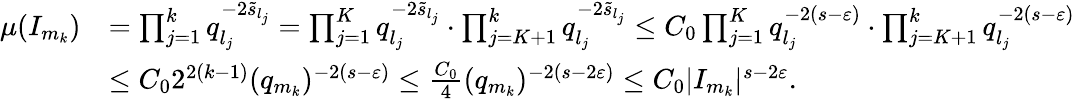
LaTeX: \begin{array}{rl}{\mu(I_{m_{k}})}&{=\prod_{j=1}^{k}q_{l_{j}}^{-2\widetilde{s}_{l_{j}}}=\prod_{j=1}^{K}q_{l_{j}}^{-2\widetilde{s}_{l_{j}}}\cdot\prod_{j=K+1}^{k}q_{l_{j}}^{-2\widetilde{s}_{l_{j}}}\le C_{0}\prod_{j=1}^{K}q_{l_{j}}^{-2(s-\varepsilon)}\cdot\prod_{j=K+1}^{k}q_{l_{j}}^{-2(s-\varepsilon)}}\\ &{\leq C_{0}2^{2(k-1)}(q_{m_{k}})^{-2(s-\varepsilon)}\le\frac{C_{0}}4(q_{m_{k}})^{-2(s-2\varepsilon)}\leq C_{0}|I_{m_{k}}|^{s-2\varepsilon}.}\end{array}